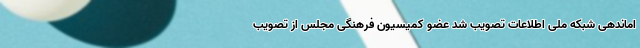
اماندهی شبکه ملی اطلاعات تصویب شد عضو کمیسیون فرهنگی مجلس از تصویب